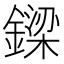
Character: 𨫟